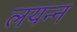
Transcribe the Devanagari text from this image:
लयन्न